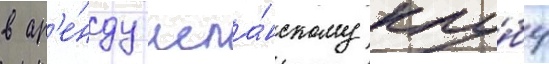
в ар'е́нду испа́нскому клу́бу